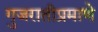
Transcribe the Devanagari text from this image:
गुजरातीप्रमाणे